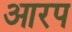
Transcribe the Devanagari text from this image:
आरप